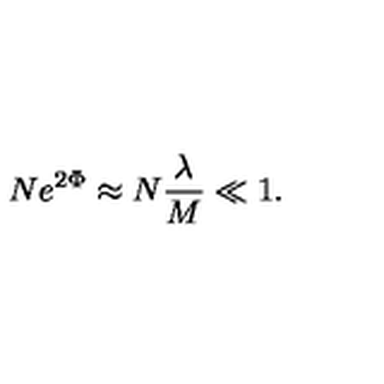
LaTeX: N e ^ { 2 \Phi } \approx N { \frac { \lambda } { M } } \ll 1 .